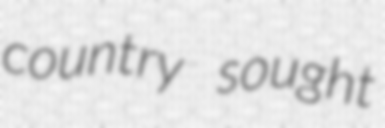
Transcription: country sought